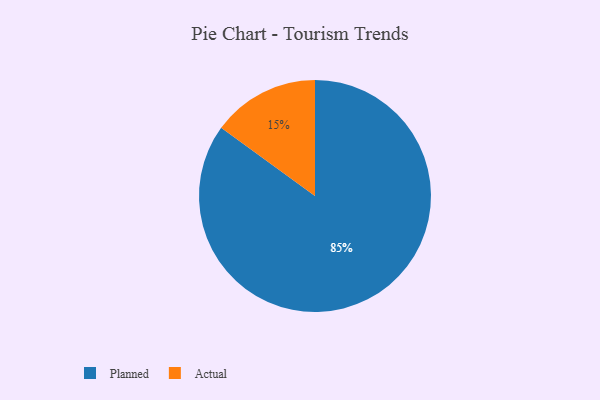
{"axis": {"x": "Category", "y": "Percentage"}, "legend": ["Actual", "Planned"], "data": [{"x": "Planned", "y": 85, "type": "Planned"}, {"x": "Actual", "y": 15, "type": "Actual"}]}